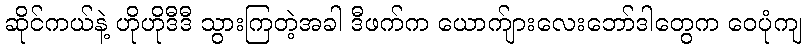
ဆိုင်ကယ်နဲ့ ဟိုဟိုဒီဒီ သွားကြတဲ့အခါ ဒီဖက်က ယောက်ျားလေးဘော်ဒါတွေက ဝေပုံကျ